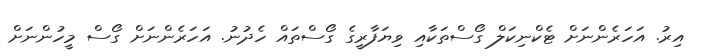
އިރު. އަހަރެންނަށް ޓެކްނިކަލް ގޯސްތަކާއި ވިޔަފާރީގެ ގޯސްތައް ހެދުނު. އަހަރެންނަށް ގޯސް މީހުންނަށް